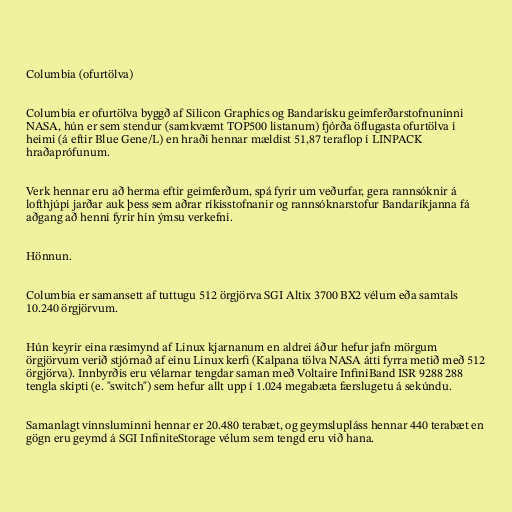
Columbia (ofurtölva)

Columbia er ofurtölva byggð af Silicon Graphics og Bandarísku geimferðarstofnuninni
NASA, hún er sem stendur (samkvæmt TOP500 listanum) fjórða öflugasta ofurtölva í
heimi (á eftir Blue Gene/L) en hraði hennar mældist 51,87 teraflop í LINPACK
hraðaprófunum.

Verk hennar eru að herma eftir geimferðum, spá fyrir um veðurfar, gera rannsóknir á
lofthjúpi jarðar auk þess sem aðrar ríkisstofnanir og rannsóknarstofur Bandaríkjanna fá
aðgang að henni fyrir hin ýmsu verkefni.

Hönnun.

Columbia er samansett af tuttugu 512 örgjörva SGI Altix 3700 BX2 vélum eða samtals
10.240 örgjörvum.

Hún keyrir eina ræsimynd af Linux kjarnanum en aldrei áður hefur jafn mörgum
örgjörvum verið stjórnað af einu Linux kerfi (Kalpana tölva NASA átti fyrra metið með 512
örgjörva). Innbyrðis eru vélarnar tengdar saman með Voltaire InfiniBand ISR 9288 288
tengla skipti (e. "switch") sem hefur allt upp í 1.024 megabæta færslugetu á sekúndu.

Samanlagt vinnsluminni hennar er 20.480 terabæt, og geymslupláss hennar 440 terabæt en
gögn eru geymd á SGI InfiniteStorage vélum sem tengd eru við hana.